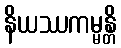
နိယဿကမ္မန္တိ